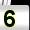
Digit: 5